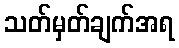
သတ်မှတ်ချက်အရ